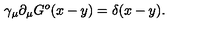
\gamma _ { \mu } \partial _ { \mu } G ^ { o } ( x - y ) = \delta ( x - y ) .